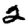
Digit: 2